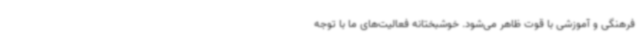
فرهنگی و آموزشی با قوت ظاهر می‌شود. خوشبختانه فعالیت‌های ما با توجه